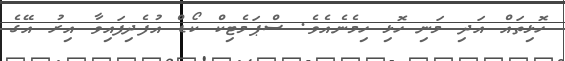
ހޮޅިތައް އަދި މަނި ހޮޅި ހިމެނެއެވެ. ސްޕަމެޓިކް ކޯޑް އުފެދިފައިވާ އިރު އޭގެ